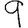
Digit: 9